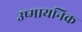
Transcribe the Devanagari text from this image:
उष्मायनिक